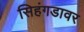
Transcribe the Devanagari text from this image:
सिहंगडावर